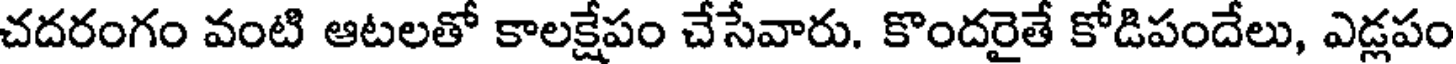
చదరంగం వంటి ఆటలతో కాలక్షేపం చేసేవారు. కొందరైతే కోడిపందేలు, ఎడ్లపం